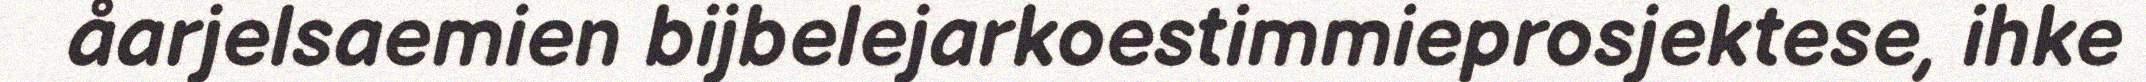
åarjelsaemien bijbelejarkoestimmieprosjektese, ihke